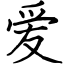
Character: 爱